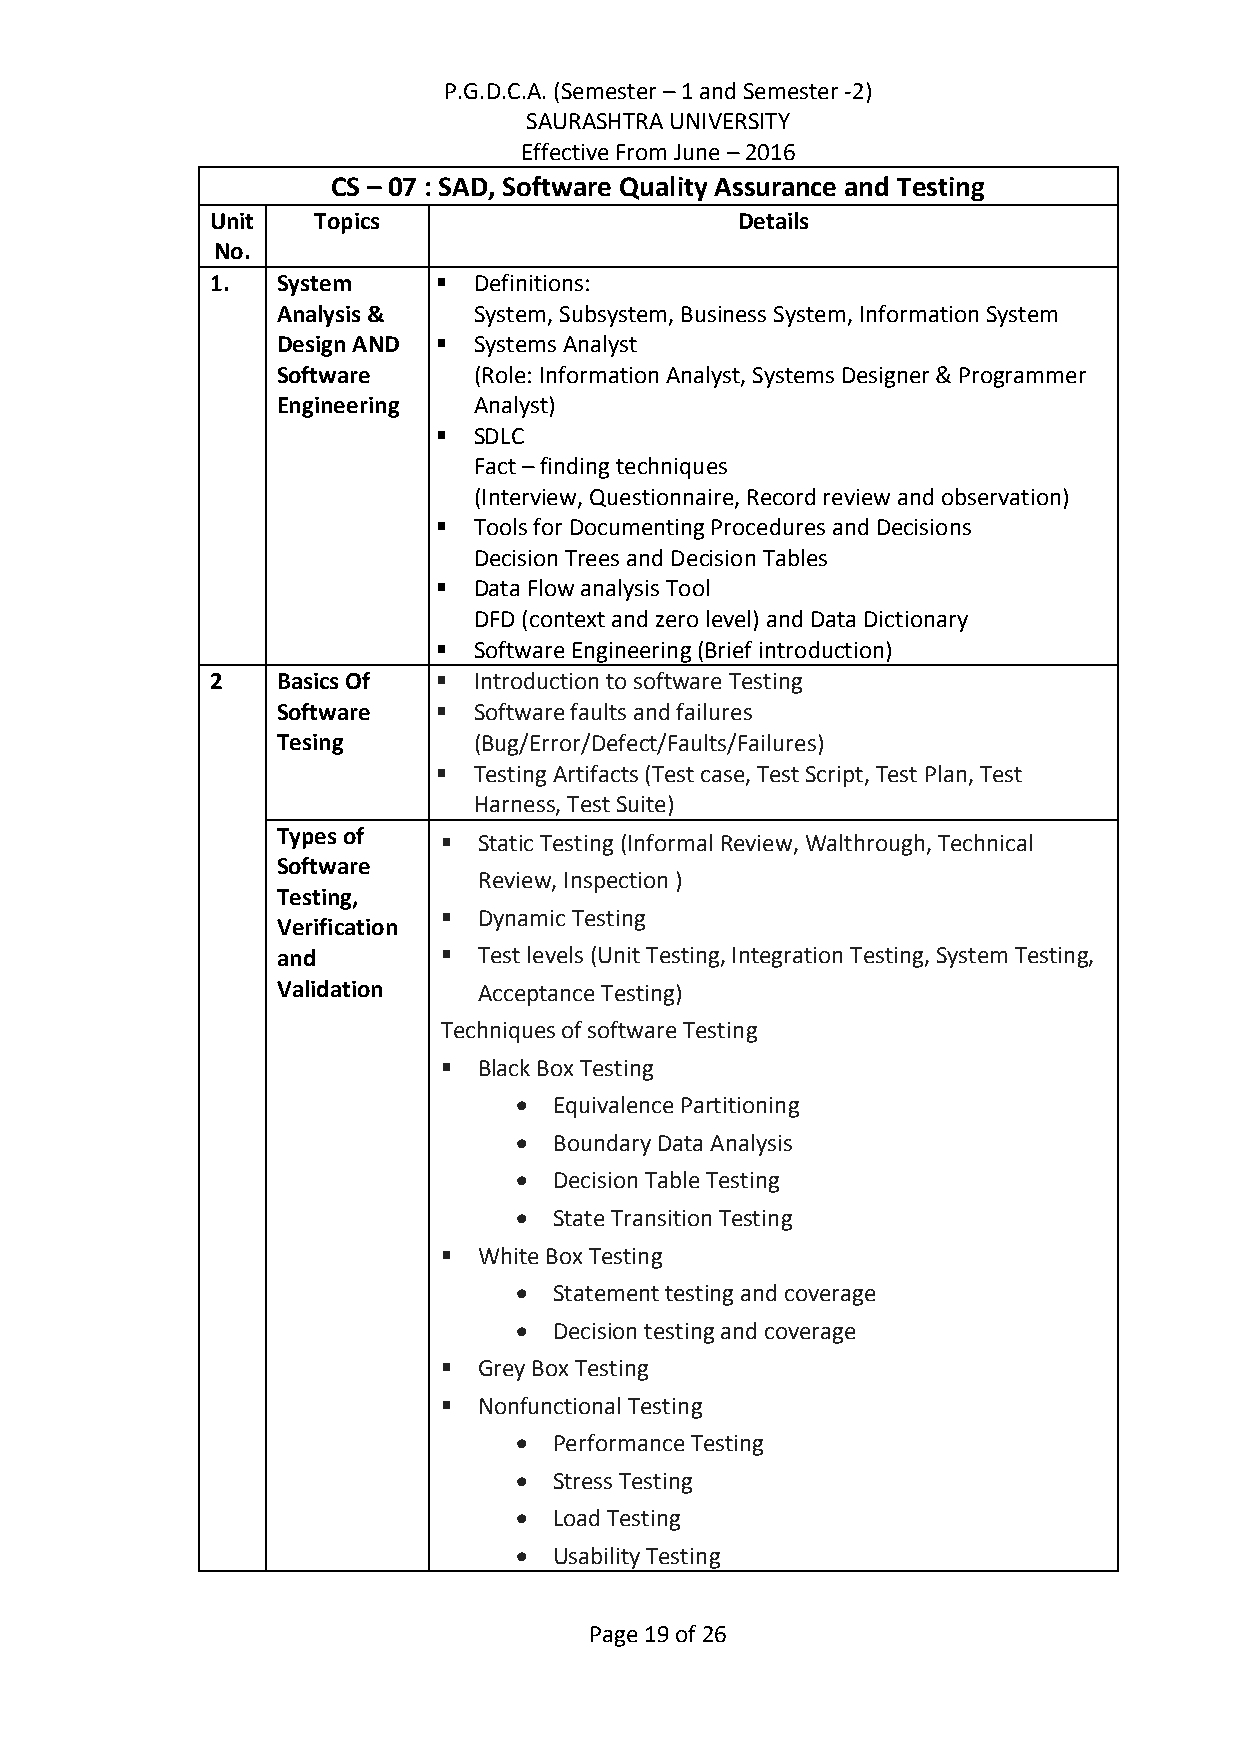
P.G.D.C.A. (Semester – 1 and Semester -2)
 SAURASHTRA UNIVERSITY
 Effective From June – 2016
 CS – 07 : SAD, Software Quality Assurance and Testing
 Unit   Topics                      Details
 No.
 1.  System      Definitions:
 Analysis &   System, Subsystem, Business System, Information System
 Design AND  Systems Analyst
 Software     (Role: Information Analyst, Systems Designer & Programmer
 Engineering  Analyst)
  SDLC
 Fact – finding techniques
 (Interview, Questionnaire, Record review and observation)
  Tools for Documenting Procedures and Decisions
 Decision Trees and Decision Tables
  Data Flow analysis Tool
 DFD (context and zero level) and Data Dictionary
  Software Engineering (Brief introduction)
 2   Basics Of   Introduction to software Testing
 Software    Software faults and failures
 Tesing       (Bug/Error/Defect/Faults/Failures)
  Testing Artifacts (Test case, Test Script, Test Plan, Test
 Harness, Test Suite)
 Types of     Static Testing (Informal Review, Walthrough, Technical
 Software
 Review, Inspection )
 Testing,
   Dynamic Testing
 Verification
 and          Test levels (Unit Testing, Integration Testing, System Testing,
 Validation    Acceptance Testing)
 Techniques of software Testing
   Black Box Testing
   Equivalence Partitioning
   Boundary Data Analysis
   Decision Table Testing
   State Transition Testing
   White Box Testing
   Statement testing and coverage
   Decision testing and coverage
   Grey Box Testing
   Nonfunctional Testing
   Performance Testing
   Stress Testing
   Load Testing
   Usability Testing
 Page 19 of 26